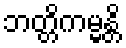
ဘတ္တိကမ္မန္တိ